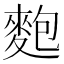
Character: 麭